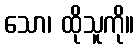
သော၊ ထိုသူကို။